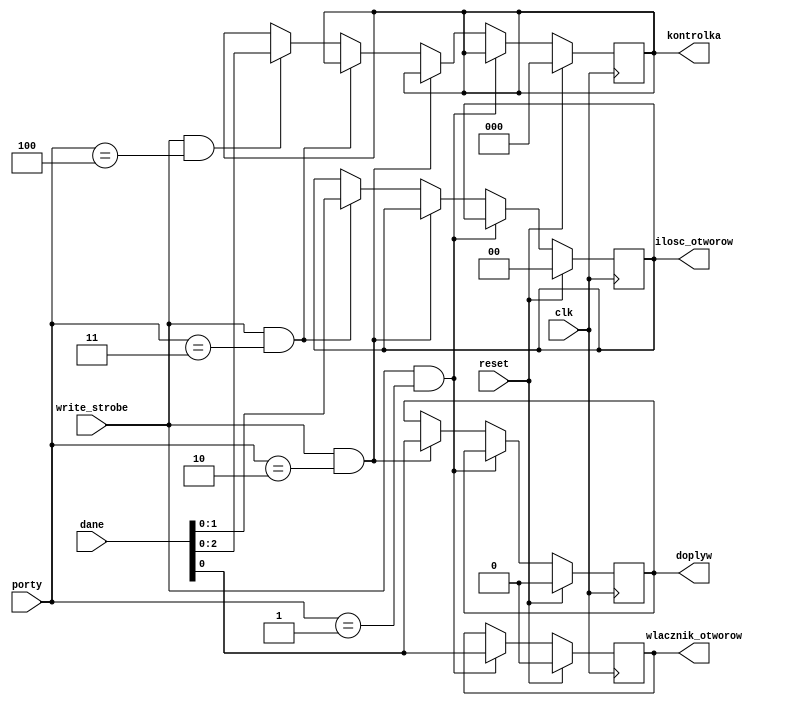
`timescale 1ns / 1ps
//////////////////////////////////////////////////////////////////////////////////
// Company: 
// Engineer: 
// 
// Design Name: 
// Module Name: dekoder
// Project Name: 
// Target Devices: 
// Tool Versions: 
// Description: 
// 
// Dependencies: 
// 
// Revision:
// Revision 0.01 - File Created
// Additional Comments:
// 
//////////////////////////////////////////////////////////////////////////////////


module dekoder(
input reset, clk, write_strobe,
input [7:0] porty,
input [7:0] dane,
output reg wlacznik_otworow, doplyw,
output reg [2:0] kontrolka,
output reg [1:0] ilosc_otworow
    );
    always @(posedge clk)begin
    if(reset) begin
    wlacznik_otworow<=1'b0;
    doplyw<=1'b0;
    kontrolka<=3'b000;
    ilosc_otworow<=2'b0;
    end else if(write_strobe && porty==1) wlacznik_otworow<=dane;
    else if(write_strobe && porty==2) doplyw<=dane;
    else if(write_strobe && porty==3) ilosc_otworow<=dane;
    else if(write_strobe && porty==4) kontrolka<=dane;
    end
endmodule